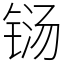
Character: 铴